Vital statistics of India. Vol. VI, European troops 1870-79
Year: 1870
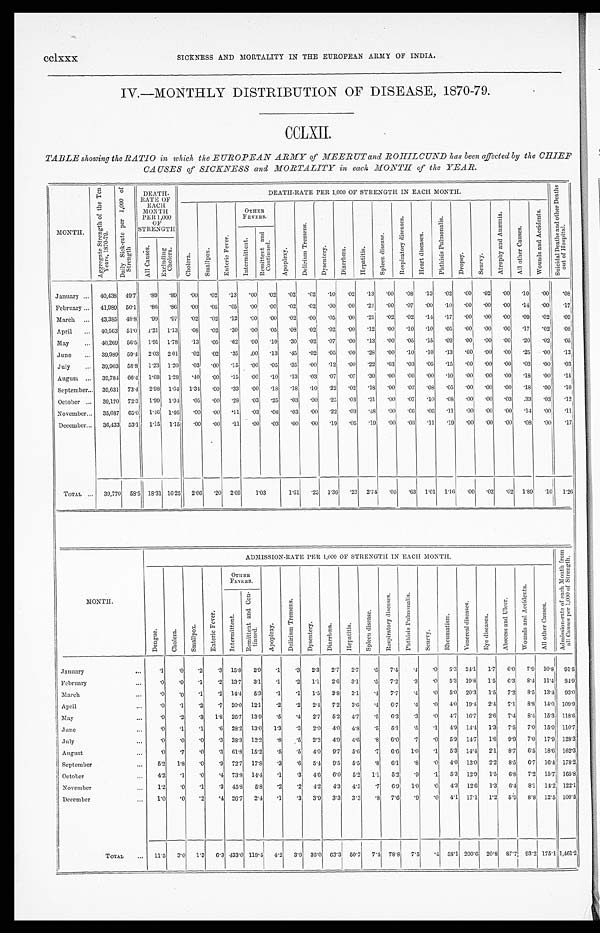
cclxxx
SICKNESS AND MORTALITY IN THE EUROPEAN ARMY OF INDIA.
IV.—MONTHLY DISTRIBUTION OF DISEASE, 1870-79.
CCLXII.
TABLE showing the RATIO in which the EUROPEAN ARMY of MEERUT and ROHILCUND has been affected by the CHIEF.
CAUSES of SICKNESS and MORTALITY in each MONTH of the YEAR.
MONTH.
A v e r a g e S t r e n g t h o f t h e T e n Y e a r s , 1 8 7 0 . 7 9 . D a i l y S i c k . r a t e p e r 1 , 0 0 0 o f S t r e n g t h .
DEATH. RATE OF EACH MONTH
PER 1,000 O F S T R E N G T H
DEATH. RATE PER 1, 000 OF STRENGTH IN EACH MONTH.
S u i c i d a l D e a t h s a n d o t h e r D e a t h s o u t o f H o s p i t a l .
C h o l e r a .
S m a l l p o x .
E n t e r i c F e v e r .
O T H E R F E V E R S .
A p o p l e x y .
D e l i r i u m T r e m e n s .
D y s e n t e r y .
D i a r r h o e a .
H e p a t i t i s .
S p l e e n d i s e a s e .
R e s p i r a t o r y d i s e a s e .
H e a r t d i s e a s e s .
P h t h i s i s P u l m o n a l i s .
D r o p s y .
S c u r v y .
A t r o p h y a n d A n æ m i a .
A l l o t h e r C a u s e s .
W o u n d s a n d A c c i d e n t s .
I n t e r m i t t e n t .
R e m i t t e n t a n d C o n t i n u e d .
A l l C a u s e s .
E x c l u d i n g C h o l e r a .
January ... 40,438 49.7
. 8 9 . 8 9
. 0 0
. 0 2 . 1 3 .00 .02
0 2 .02 .10 .02 .13 .00 .08
. 1 3
. 0 2 .00
. 0 2 .00 .10 .20
. 0 8
February ... 41,989 50.1
. 8 6 . 8 6 .00
. 0 5 . 0 5
. 0 0
. 0 0 .02 .02 .00 .00
. 2 4
. 0 0 .07 .00 .10 .00
. 0 0 .00 .14 .00
. 1 7
March ... 43,385 48.8
. 9 9 .97 .02
. 0 2
. 1 2
. 0 0 .00 .02
. 0 0 .05 .00
. 2 1
. 0 2 .02 .14 .17
. 0 0 .00 .00 .09 .02 .09
April...
40,563
5 1 . 0 1.21
1 . 1 3 .08
. 0 2
. 3 0
. 0 0 .05
. 0 8
. 0 2 .02 .00 .12 .00 .10 .10 .05 .00 .00
. 0 0 .17 .02 I
. 0 8
May
... 40,269
5 6 . 5 1. 91
1 . 7 8 .13
. 0 5 . 6 2 .00 .10 .30 .02
0 7
. 0 0 .13 .00
. 0 5 .15
. 0 2
. 0 0 .00
. 0 0
. 2 0 . 02 .05
June ...
39,989
5 9 . 4 2. 03
2 . 0 1 .02
. 0 2 . 3 5 .00 .13 .45 .02
. 0 5 .00
. 2 8 .00 .10 .10 .13
. 0 0
. 0 0 .00 .25
. 00 .13
July ... 39,903 58.8 1.23 1.20 .03
. 0 0
. 1 5 .00
. 0 5 .35 .00 12
. 0 0
. 2 2 .03 .03 .05 .15
. 0 0 .00 .00 .03 . 00 .03
August ...
3 9 , 7 8 4 66.4 1.68
1 . 2 8 .40
. 0 0 . 1 5 .00 .10 .13 .03
. 0 7
. 0 7 .30 .00 .00 .00
. 1 0
. 0 0 . 0 0 .00 .18
. 0 0 .15
September...
3 9 , 6 3 1
7 3 . 4 2. 98 1.64 1.34
. 0 0 . 3 3 .00 18 .18 .10 .22
. 0 2 .18 .00 .02
. 0 8 .05 .00
. 0 0 .00 .18 .00 .10
October ...
3 9 , 1 7 0 72.3 1.99
1 . 9 4 .05
. 0 0
. 2 8 .03
. 2 5 .03 .00
. 2 5 .03
. 3 1 .00 .07
. 1 0
. 0 8 .00 .00 .03 .33 .03. 1 2
November... 35,687
6 5 . 0 1.46 1.46 .00
. 0 0 . 1 1 .03 .08 .03 .00
. 2 2 .03
. 4 8 .00 .06 .06 .11 .00 .00 .00 .14 .00 .11
December... 36,433 53.1 1. 15 1.15 .00
. 0 0
. 1 1
. 0 0 .03 .00 .00 .19 .05 .19 .00
. 0 3 11 .19 .00 .00
. 0 0
. 0 8 .00 .17
TOTAL ...
3 9 , 7 7 0 58.5 18.31 16.25 2.06
. 2 0 2.69 1.03
1.61 .25 1.36 .23
2 . 7 4 .05 .63 1.01 1.16 .00 .02 .02 1.89 .10 1.26
MONTH
ADMISSION.RATE PER 1,000 OF STRENGTH IN EACH MONTH
A d m i s s i o n r a t e o f e a c h M o n t h f r o m a l l C a u s e s p e r 1 , 0 0 0 o f s t r e n g t h .
D e n g u e .
C h o l e r a .
S m a l l p o x .
E n t e r i c F e v e r .
OTHER FEVERS.
A p o p l e x y .
D e l i r i u m T r e m e n s .
D y s e n t e r y .
D i a r r h o e a .
H e p a t i t i s .
S p l e e n d i s e a s e .
R e s p i r a t o r y d i s e a s e s .
P h t h i s i s P u l m o n a l i s .
S c u r v y .
Rh e u ma t i s m. V e n e r e a l d i s e a s e s .
E y e d i s e a s e s .
A b s c e s s a n d U l c e r .
W o u n d s a n d A c c i d e n t s .
A l l o t h e r C a u s e s .
I n t e r m i t t e n t .
R e m i t t e n t a n d C o n t i n u e d .
January.
... .1 .0
. 2
. 3 15.8 2.9
. 1
.3 2.3 2.7
2 . 7 .5 7.4
. 4
. 0 5.3 24.1 1.7 6.0 7.9 10.8 91.5
February
...
. 0
. 0 .1
. 2 13.7 3.1
. 1
. 2 1.1 2.6 3.1 .5 7.2 .3
. 0 5.3 19.8 1.5 6.3 8.4 11.4
3 4 . 9
March
. . .
. 0 .0
. 1 .2 14.4 5.3 .1 .1 1.5 3.8 3.1 .4 7.7
. 4
. 0 5.0 20. 3 1.5 7.2
. 8 5 13.4 93.0
April
. . .
. 0 .1 .2 .7 20.0 12.1 .2 .2
2 . 4 7.2 3.6 .4 6.7
. 4
. 0 4.0 19.4 2.4 7.1
8 . 8 14.0 109.9
May
...
. 0 .2 .3 1.8 26.7 13.9
. 5 .4 2.7 5.2 4.7 .5 6.3
. 3
. 0 4.7 16.7 2.6 7.4
. 8 4 15.3 118.6
June
...
.0 .1 .1 .6 28.2 13.0 1.3 .3
2 . 0 4.0 4.8 .5 5.1 .5 .1 4.9 14.4 1.3 7.5 7.0 15.0 110.7
July
...
.0
. 0 .0
. 3 38.3 12.2
. 8 .5 2.2
4 . 9 4.6
. 8 6.0 .7
. 0 5.9 14. 7 1.6 9.9 7.0 17.9 128.3
August
...
.0 .7 .0 .3 61.8 15.2 .5 .5 4.0
. 9 7 5.6 .7 6.6 1.0 .1 5.3 14.4 2.1
8 . 7 6.5 18.6 162.3
September
... 5.2
1 . 8
. 0 .9 72.7 17.8 .3 .6
5 . 4 9.5 5.5
. 8 6.1
. 8 .0 4.0 13.0 2.2 8.5 6.7 16.4 178.2
October
.. . 4.2 .1
. 0 .4 73.8 14.4 .1 .3 4.6 6.0 5.2 1.1 5.2 .9 .1 5.3 12.9 1.5 6.8 7.2 15.7 165.8
November
... 1.2 .0 .1 .3 45.8 5.8
. 2 .2 4.2 4.3 4.5 .7 6.9 1.0
. 0 4.3 12..6 1.3 6.4
8 . 1 14.2 122.1
December
... 1.0
. 0 .2 .4 26.7 2.4 .1 .3 3.9 3,3 3.3
. 8 7.6 .9
. 0
4 . 1 17.1 1.2
5 . 9 8.8 12.5 100.5
TOTAL ... 11.5 3.0
1 . 3 6.3 433.0 118.4
4 . 2 3.9 36.0 63.3 50.7 7.4 78.8 7.5
. 4 58.1 200.6 20.8 87.7 93.2 175.1 1,461.2